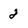
Character: 2